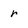
Character: r